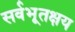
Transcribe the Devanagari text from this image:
सर्वभूतक्षय